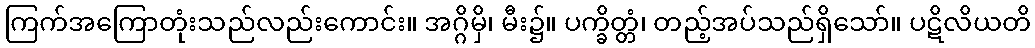
ကြက်အကြောတုံးသည်လည်းကောင်း။ အဂ္ဂိမှိ၊ မီး၌။ ပက္ခိတ္တံ၊ တည့်အပ်သည်ရှိသော်။ ပဋိလိယတိ